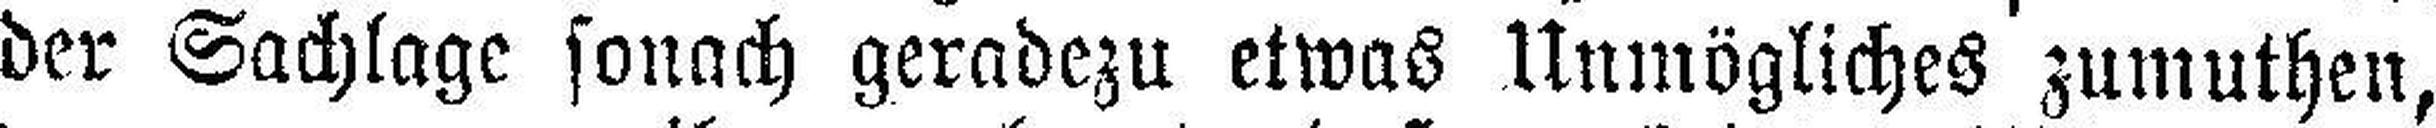
der Sachlage sonach geradezu etwas Unmögliches zumuthen,